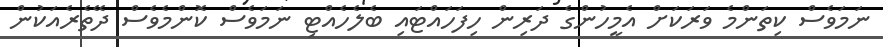
ނަމަވެސް ކިތަންމެ ވަރަކަށް އެމީހުންގެ ދަރިން ހިފަހައްޓައި ބެލެހެއްޓި ނަމަވެސް ކޮންމެވެސް ދޭތެރެއަކުން